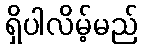
ရှိပါလိမ့်မည်